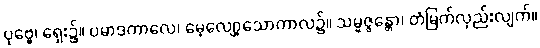
ပုဗ္ဗေ၊ ရှေး၌။ ပမာဒကာလေ၊ မေ့လျော့သောကာလ၌။ သမ္မဇ္ဇန္တော၊ တံမြက်လှည်းလျက်။